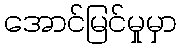
အောင်မြင်မှုမှာ